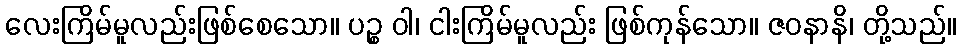
လေးကြိမ်မူလည်းဖြစ်စေသော။ ပဉ္စ ဝါ၊ ငါးကြိမ်မူလည်း ဖြစ်ကုန်သော။ ဇဝနာနိ၊ တို့သည်။